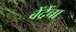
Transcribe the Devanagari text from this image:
बेंद्रेंचा